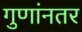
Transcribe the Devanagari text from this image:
गुणांनतर